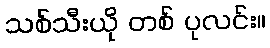
သစ်သီးယို တစ် ပုလင်း။